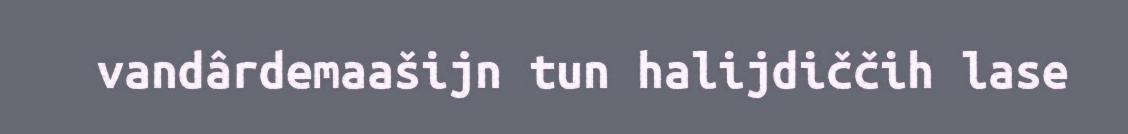
vandârdemaašijn tun halijdiččih lase